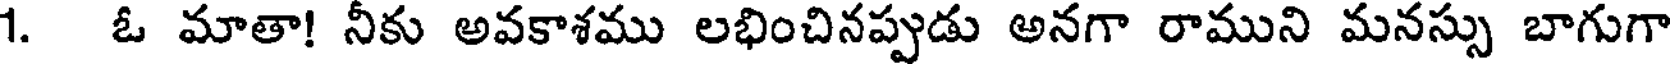
1. ఓ మాతా! నీకు అవకాశము లభించినప్పుడు అనగా రాముని మనస్సు బాగుగా